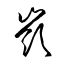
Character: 嶺